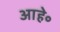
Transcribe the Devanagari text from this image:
आहे॰